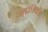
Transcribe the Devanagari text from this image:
अ्फ्रीकी